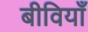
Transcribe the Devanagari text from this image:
बीवियाँ